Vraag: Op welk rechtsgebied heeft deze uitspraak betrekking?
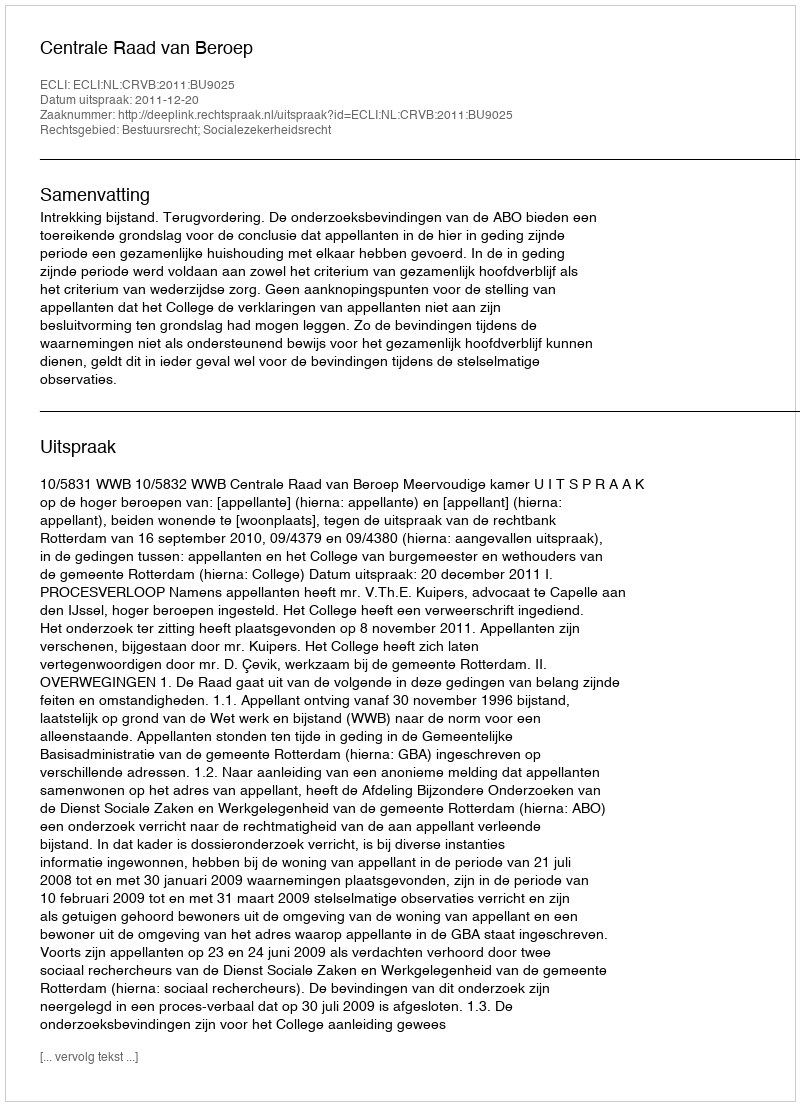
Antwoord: Bestuursrecht; Socialezekerheidsrecht